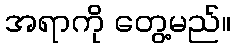
အရာကို တွေ့မည်။